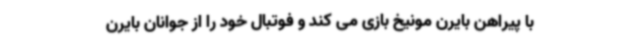
با پیراهن بایرن مونیخ بازی می کند و فوتبال خود را از جوانان بایرن